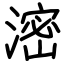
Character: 滵